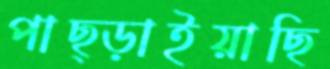
পাছ্‌ড়াইয়াছি